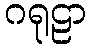
ဂရုဠာ